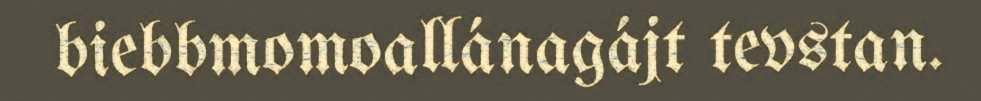
biebbmomoallánagájt tevstan.